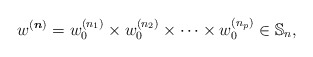
\begin{align*} w^{({\boldsymbol{n}})}= w_{0}^{(n_1)} \times w_{0}^{(n_2)} \times \cdots \times w_{0}^{(n_p)} \in \mathbb{S}_n,\end{align*}